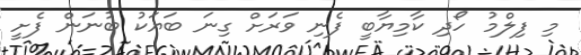
މި ފިލްމު ހޯދި ކާމިޔާބީ ފެނި ވަރަށް ގިނަ ބަޔަކު ބުނަން ފެށީ